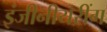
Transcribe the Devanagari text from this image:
इंजीनीयरींग